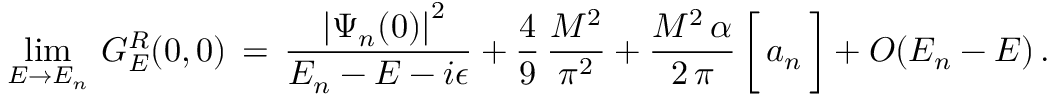
\operatorname * { l i m } _ { E \to E _ { n } } \, G _ { E } ^ { R } ( 0 , 0 ) \, = \, \frac { \, \, \left| \Psi _ { n } ( 0 ) \right| ^ { 2 } } { E _ { n } - E - i \epsilon } + \frac { 4 } { 9 } \, \frac { M ^ { 2 } } { \pi ^ { 2 } } + \frac { M ^ { 2 } \, \alpha } { 2 \, \pi } \, \bigg [ \, a _ { n } \, \bigg ] + { \cal { O } } ( E _ { n } - E ) \, .